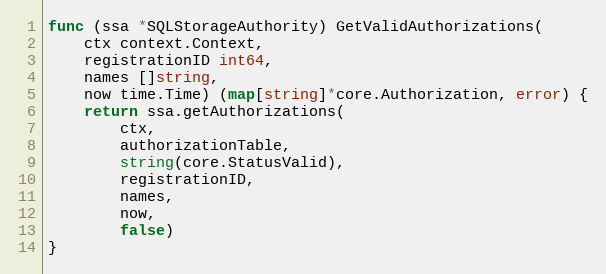
Language: Go
func (ssa *SQLStorageAuthority) GetValidAuthorizations(
	ctx context.Context,
	registrationID int64,
	names []string,
	now time.Time) (map[string]*core.Authorization, error) {
	return ssa.getAuthorizations(
		ctx,
		authorizationTable,
		string(core.StatusValid),
		registrationID,
		names,
		now,
		false)
}